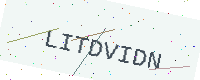
Text: LITDVIDN